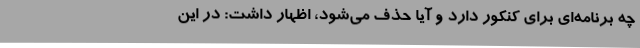
چه برنامه‌ای برای کنکور دارد و آیا حذف می‌شود، اظهار داشت: در این